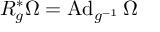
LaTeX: R _ { g } ^ { * } \Omega = \operatorname { A d } _ { g ^ { - 1 } } \Omega